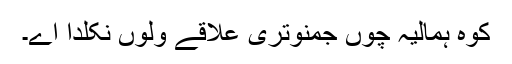
کوہ ہمالیہ چوں جمنوتری علاقے ولوں نکلدا اے۔